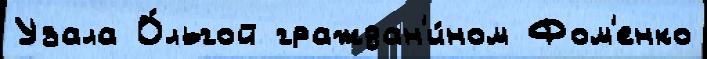
Узала О́льгой граждан'и́ном Фом'енко